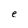
Character: e